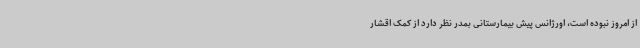
از امروز نبوده است، اورژانس پیش بیمارستانی بمدر نظر دارد از کمک اقشار